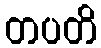
တပတိ